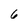
Character: 6